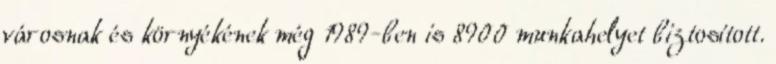
városnak és környékének még 1989-ben is 8900 munkahelyet biztosított.